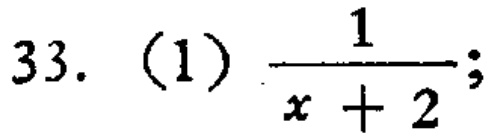
33. (1) $\frac{1}{x + 2}$;